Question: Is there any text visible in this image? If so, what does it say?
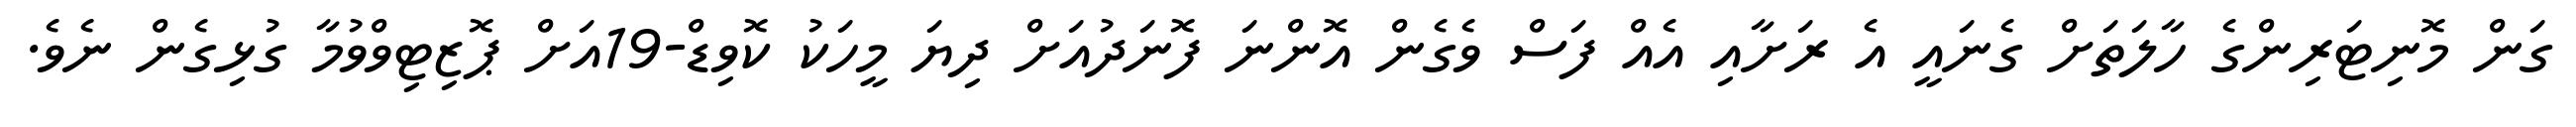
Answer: ގަން މޮނިޓަރިންގެ ހާލަތަށް ގެނައީ އެ ރަށާއި އެއް ފަސް ވެގެން އޮންނަ ފޮނަދުއަށް ދިޔަ މީހަކު ކޮވިޑް-19އަށް ޕޮޒިޓިވްވުމާ ގުޅިގެން ނެވެ.